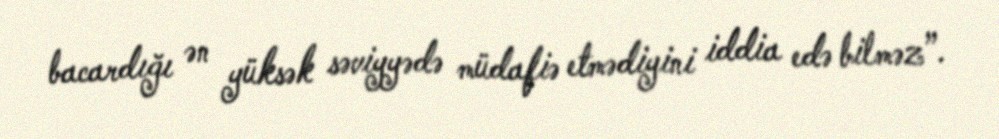
bacardığı ən yüksək səviyyədə müdafiə etmədiyini iddia edə bilməz”.